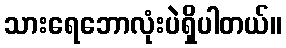
သားရေဘောလုံးပဲရှိပါတယ်။